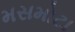
મસમોટા